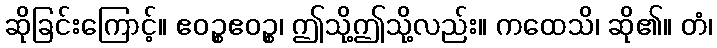
ဆိုခြင်းကြောင့်။ ဧဝဉ္စဧဝဉ္စ၊ ဤသို့ဤသို့လည်း။ ကထေသိ၊ ဆို၏။ တံ၊